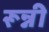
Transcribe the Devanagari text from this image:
रून्नी